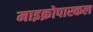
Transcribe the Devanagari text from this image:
माइक्रोपास्कल